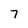
Character: 7